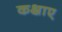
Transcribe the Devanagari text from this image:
कक्षाए